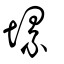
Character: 𡏱